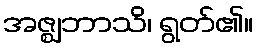
အဇ္ဈဘာသိ၊ ရွတ်၏။